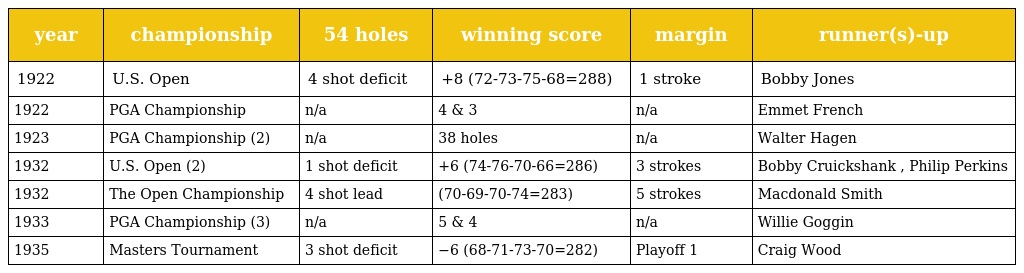
| year | championship | 54 holes | winning score | margin | runner(s)-up |
 | --- | --- | --- | --- | --- | --- |
 | 1922 | U.S. Open | 4 shot deficit | +8 (72-73-75-68=288) | 1 stroke | Bobby Jones |
 | 1922 | PGA Championship | n/a | 4 & 3 | n/a | Emmet French |
 | 1923 | PGA Championship (2) | n/a | 38 holes | n/a | Walter Hagen |
 | 1932 | U.S. Open (2) | 1 shot deficit | +6 (74-76-70-66=286) | 3 strokes | Bobby Cruickshank , Philip Perkins |
 | 1932 | The Open Championship | 4 shot lead | (70-69-70-74=283) | 5 strokes | Macdonald Smith |
 | 1933 | PGA Championship (3) | n/a | 5 & 4 | n/a | Willie Goggin |
 | 1935 | Masters Tournament | 3 shot deficit | −6 (68-71-73-70=282) | Playoff 1 | Craig Wood |